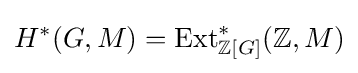
H^{*}(G,M)=\operatorname {Ext} _{\mathbb {Z} [G]}^{*}(\mathbb {Z} ,M)